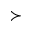
\succ